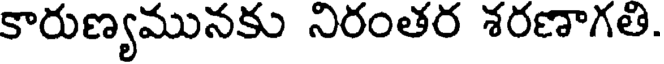
కారుణ్యమునకు నిరంతర శరణాగతి.